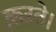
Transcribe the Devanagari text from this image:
क़ऱते।